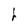
Character: h